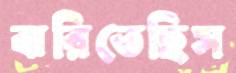
ঝরিতেছিস